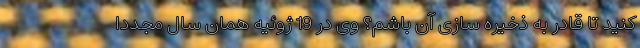
کنید تا قادر به ذخیره سازی آن باشم؟ وی در 19 ژوئیه همان سال مجددا